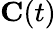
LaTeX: \mathbf{C}(t)